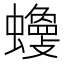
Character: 𧓾